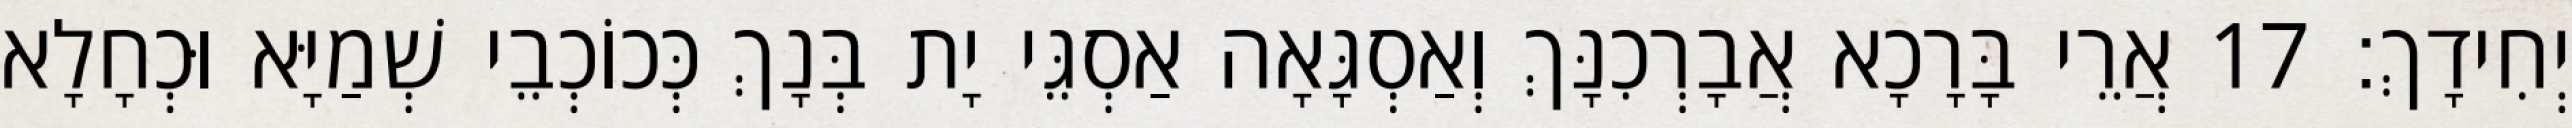
יְחִידָךְ׃ 17 אֲרֵי בָּרָכָא אֲבָרְכִנָּךְ וְאַסְגָּאָה אַסְגֵּי יָת בְּנָךְ כְּכוֹכְבֵי שְׁמַיָּא וּכְחָלָא